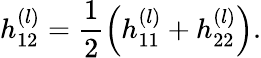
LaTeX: h_{12}^{(l)}=\frac{1}{2}\left(h_{11}^{(l)}+h_{22}^{(l)}\right).